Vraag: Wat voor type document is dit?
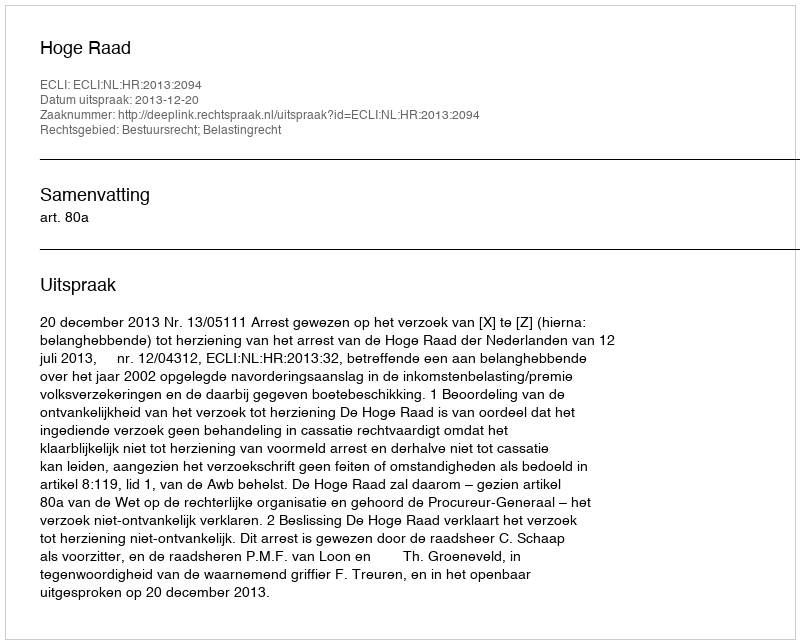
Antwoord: Uitspraak